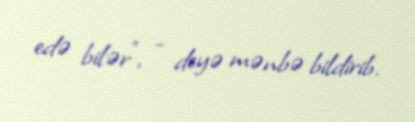
edə bilər", - deyə mənbə bildirib.